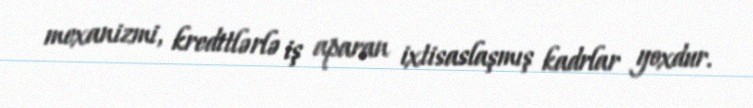
mexanizmi, kreditlərlə iş aparan ixtisaslaşmış kadrlar yoxdur.